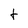
Character: t